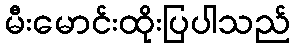
မီးမောင်းထိုးပြပါသည်